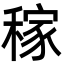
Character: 稼